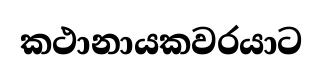
කථානායකවරයාට